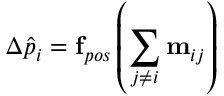
\Delta \hat { p } _ { i } = \mathbf { f } _ { p o s } \left( \sum _ { j \neq i } \mathbf { \overrightarrow { m } } _ { i j } \right)